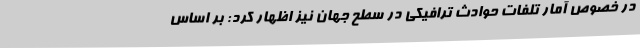
در خصوص آمار تلفات حوادث ترافیکی در سطح جهان نیز اظهار کرد: بر اساس